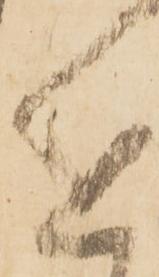
進